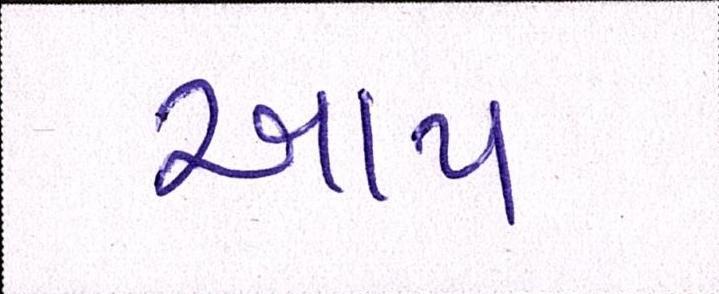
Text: આપ